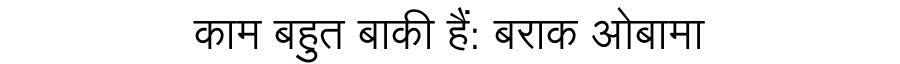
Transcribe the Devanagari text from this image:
काम बहुत बाकी हैं: बराक ओबामा